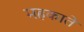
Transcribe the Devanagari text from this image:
महकाते